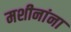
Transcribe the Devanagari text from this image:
मशीनांना